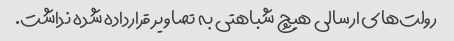
رولت‌های ارسالی هیچ شباهتی به تصاویر قرارداده شده نداشت.